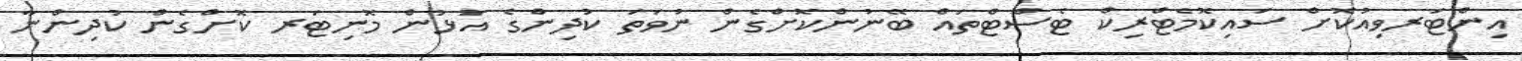
އިންޓަރވިއުކޮށް ސައިކޮމެޓްރިކް ޓެސްޓްތައް ބޭނުންކޮށްގެން ނުވަތަ ކުދިންގެ އުޅުން މޮނިޓަރ ކޮށްގެން ކުދިންނާ